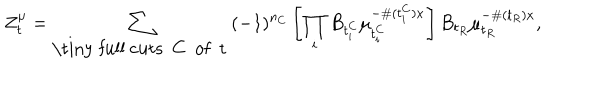
Z _ { t } ^ { \mu } = \sum _ { \mathrm { \tiny ~ f u l l ~ c u t s ~ C ~ o f ~ t ~ } } ( - 1 ) ^ { n _ { C } } \left[ \prod _ { i } B _ { t _ { i } ^ { C } } \mu _ { t _ { i } ^ { C } } ^ { - \# ( t _ { i } ^ { C } ) x } \right] B _ { t _ { R } } \mu _ { t _ { R } } ^ { - \# ( t _ { R } ) x } ,